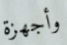
وأجهزة